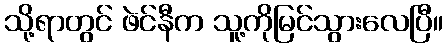
သို့ရာတွင် ဖဲင်နီက သူ့ကိုမြင်သွားလေပြီ။